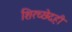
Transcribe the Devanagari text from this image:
शिरच्छेदही